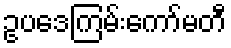
ဥပဒေကြမ်းကော်မတီ